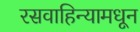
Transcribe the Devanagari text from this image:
रसवाहिन्यामधून